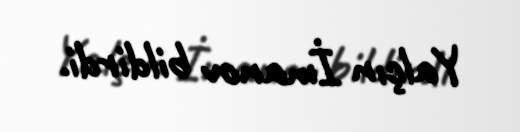
Yalçın İmanov bildirdi.